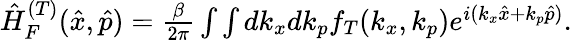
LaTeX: \begin{array}{r}{\hat{H}_{F}^{(T)}(\hat{x},\hat{p})=\frac{\beta}{2\pi}\int\int dk_{x}dk_{p}f_{T}(k_{x},k_{p})e^{i(k_{x}\hat{x}+k_{p}\hat{p})}.}\end{array}